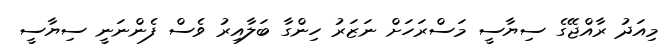
މިއަދު ރާއްޖޭގެ ސިޔާސީ މަސްރަހަށް ނަޒަރު ހިންގާ ބަލާއިރު ވެސް ފެންނަނީ ސިޔާސީ